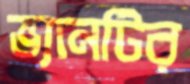
ভ্যানটির